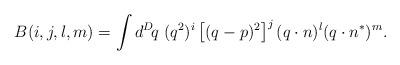
LaTeX: \begin{align*}B(i,j,l,m) = \int d^D\!q\;(q^2)^i\left[(q-p)^2\right]^j(q\cdot n)^l (q\cdot n^*)^m.\end{align*}